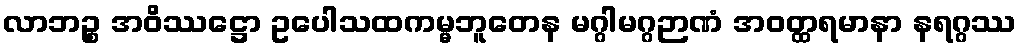
လာဘဉ္စ အဝိဿဋ္ဌော ဥပေါသထကမ္မဘူတေန မဂ္ဂါမဂ္ဂဉာဏံ အဝတ္ထရမာနာ နရဂ္ဂဿ